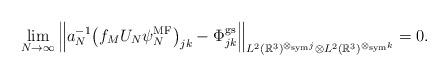
LaTeX: \begin{align*} \lim_{N\to\infty}\Big\|a_N^{-1}\big(f_MU_N\psi_N^{\operatorname{MF}}\big)_{jk}-\Phi^{\operatorname{gs}}_{jk}\Big\|_{L^2(\mathbb{R}^3)^{\otimes_{\operatorname{sym}}j}\otimes L^2(\mathbb{R}^3)^{\otimes_{\operatorname{sym}}k}}=0.\end{align*}